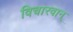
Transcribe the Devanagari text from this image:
विचारवान्